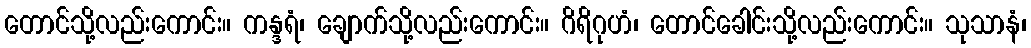
တောင်သို့လည်းကောင်း။ ကန္ဒရံ၊ ချောက်သို့လည်းကောင်း။ ဂိရိဂုဟံ၊ တောင်ခေါင်းသို့လည်းကောင်း။ သုသာနံ၊